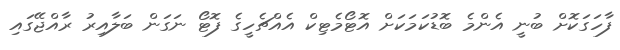
ފާހަގަކޮށް ބުނީ އެންމެ ބޮޑުކަމަކަށް އޮޓޯމެޓިކް އެއްޗެހީގެ ފޮޓޯ ނަގަން ބަލާއިރު ރާއްޖޭގައި